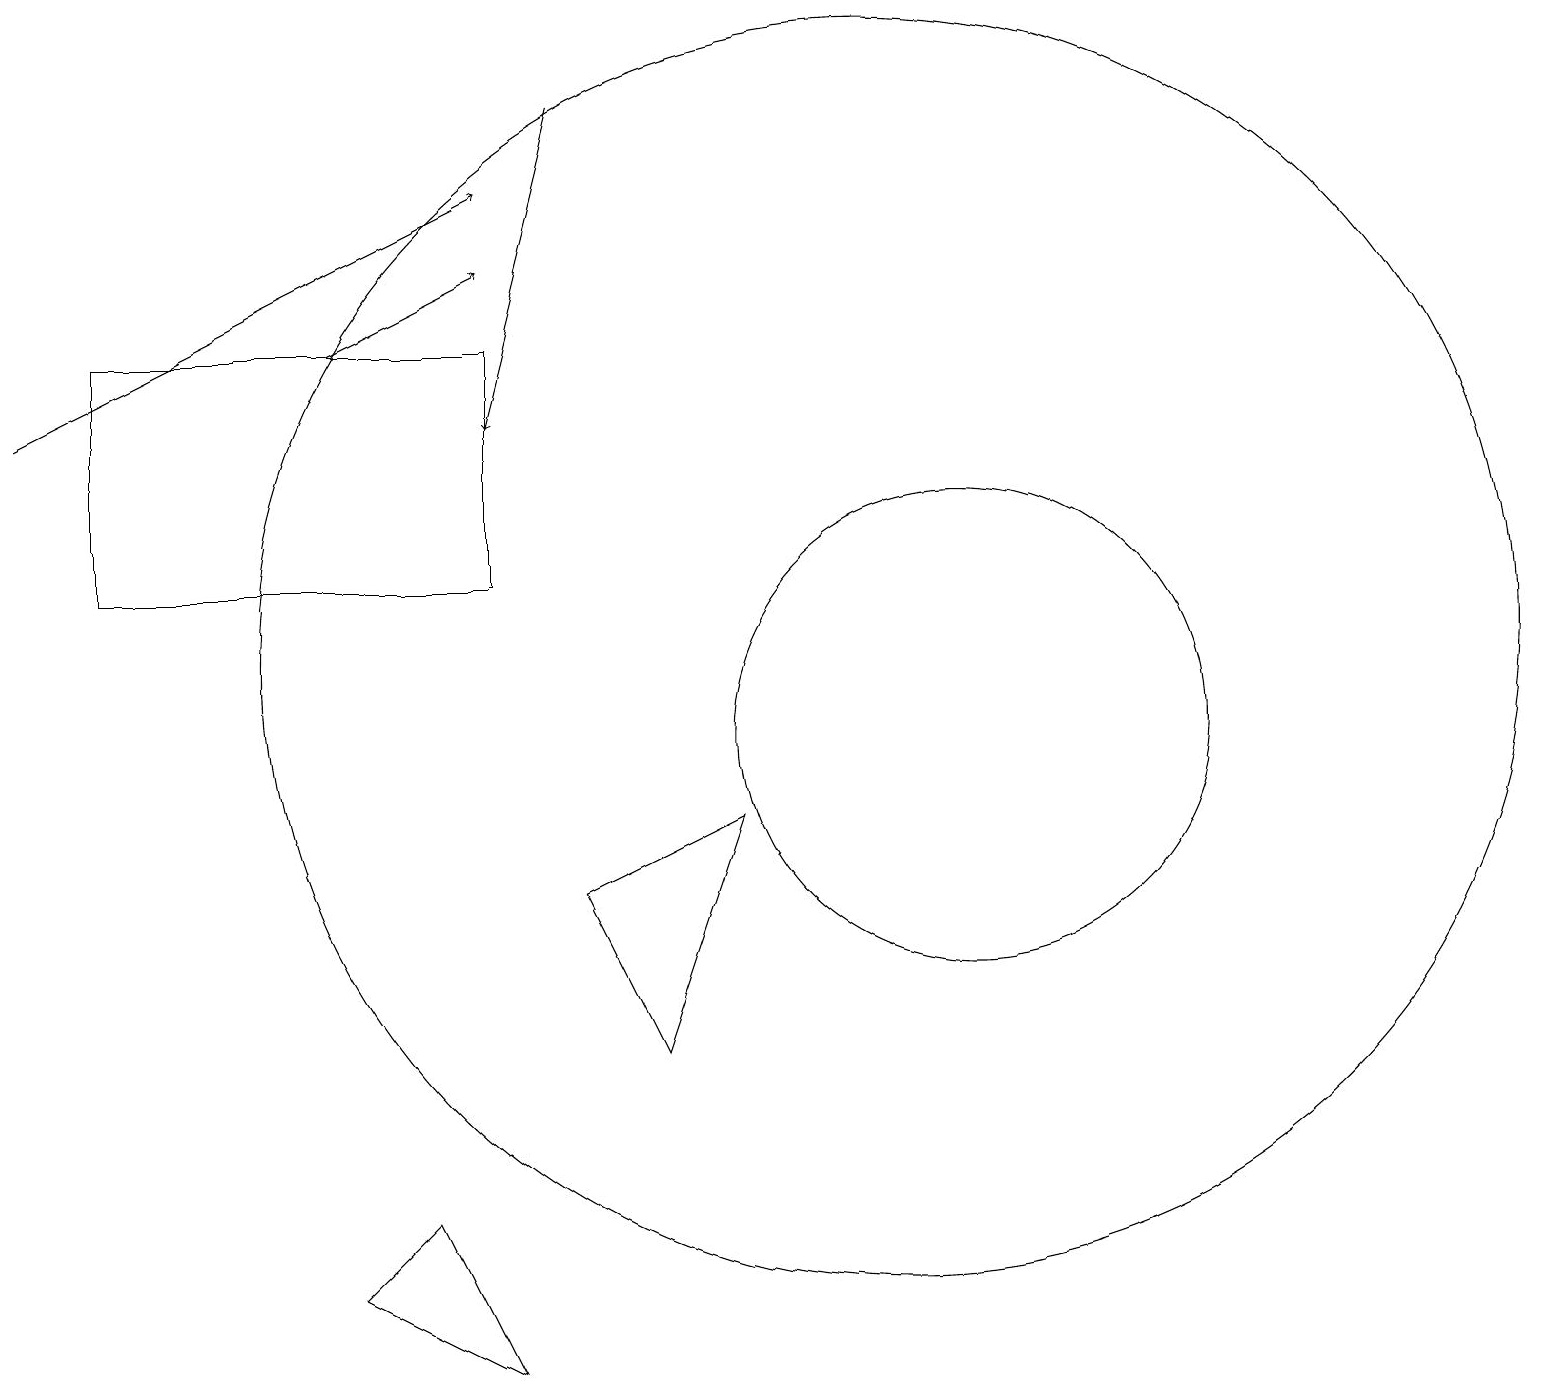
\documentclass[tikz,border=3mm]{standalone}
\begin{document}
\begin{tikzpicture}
\draw (6,15) rectangle (1,12);
\draw (12,10) circle (3);
\draw (11,11) circle (8);
\draw (4,3) -- (6,2) -- (5,4) -- cycle;
\draw[->] (0,14) -- (6,17);
\draw[->] (4,15) -- (6,16);
\draw[->] (7,18) -- (6,14);
\draw (9,9) -- (8,6) -- (7,8) -- cycle;
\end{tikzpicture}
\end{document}